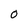
Character: 0